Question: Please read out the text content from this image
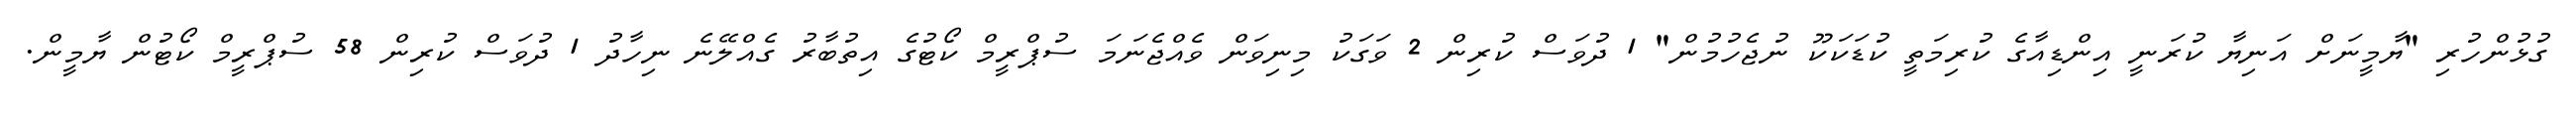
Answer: ގުޅުންހުރި "ޔާމީނަށް އަނިޔާ ކުރަނީ އިންޑިއާގެ ކުރިމަތީ ކުޑަކަކޫ ނުޖެހުމުން" 1 ދުވަސް ކުރިން 2 ވަގަކު މިނިވަން ވެއްޖެނަމަ ސުޕްރީމް ކޯޓުގެ އިތުބާރު ގެއްލޭނެ ނިހާދު 1 ދުވަސް ކުރިން 58 ސުޕްރީމް ކޯޓުން ޔާމީން.